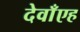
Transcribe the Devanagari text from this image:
देवाँएह